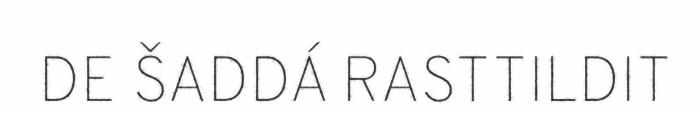
DE ŠADDÁ RASTTILDIT